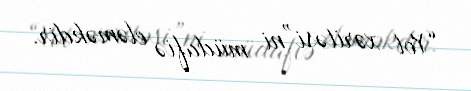
“Yol xəritəsi”ni müdafiə eləməkdir.